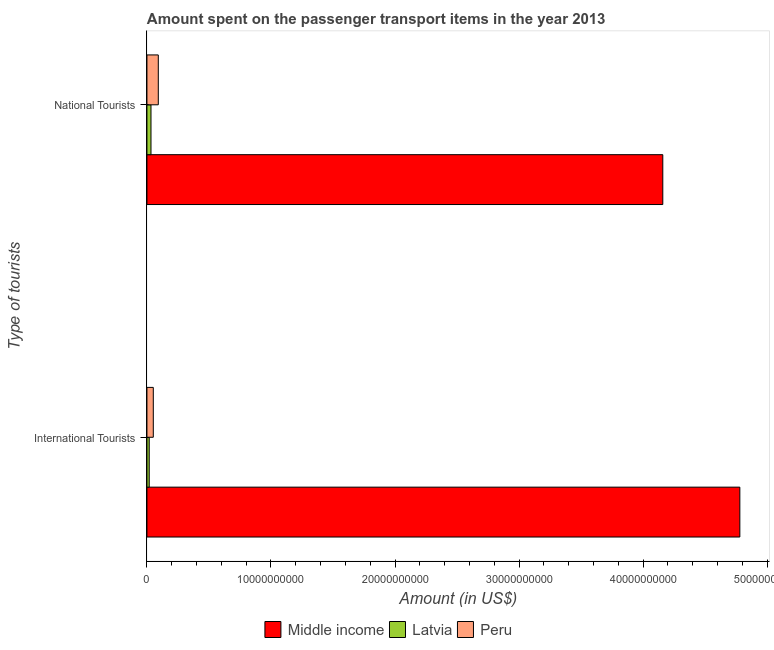
| Type of tourists | Middle income | Latvia | Peru |
 | --- | --- | --- | --- |
 | International Tourists | 4.78e+10 | 1.84e+08 | 5.13e+08 |
 | National Tourists | 4.16e+10 | 3.26e+08 | 9.16e+08 |